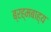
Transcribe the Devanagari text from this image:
ब्रह्मबाह्य